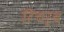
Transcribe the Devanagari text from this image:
रिचर्द